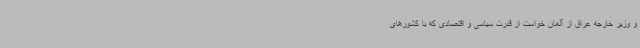
و وزیر خارجه عراق از آلمان خواست از قدرت سیاسی و اقتصادی که با کشورهای